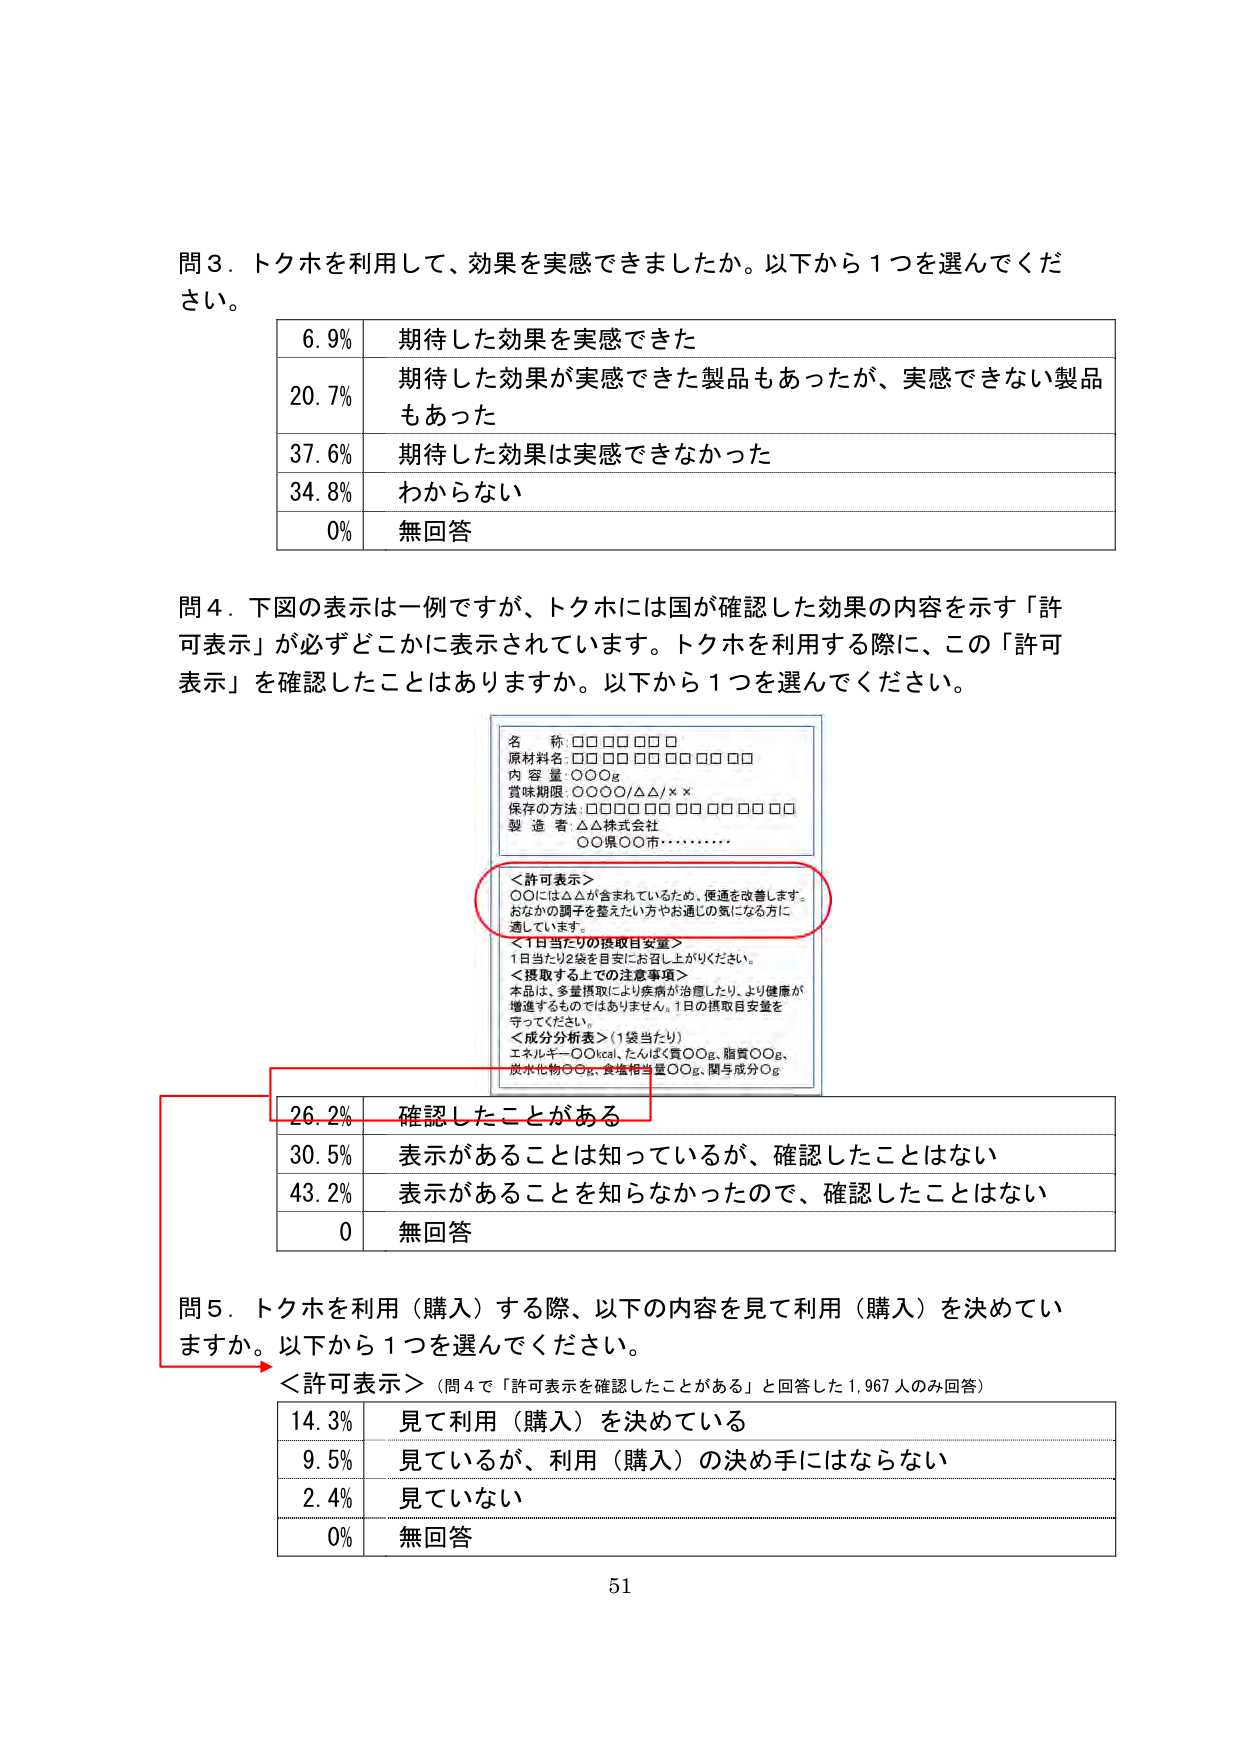
問３．トクホを利用して、効果を実感できましたか。以下から１つを選んでください。

6.9% 期待した効果を実感できた
20.7% 期待した効果が実感できた製品もあったが、実感できない製品もあった
37.6% 期待した効果は実感できなかった
34.8% わからない
0% 無回答

問４．下図の表示は一例ですが、トクホには国が確認した効果の内容を示す「許可表示」が必ずどこかに表示されています。トクホを利用する際に、この「許可表示」を確認したことはありますか。以下から１つを選んでください。

名 称：□□□□□□□
原材料名：□□□□□□□□□□□□
内 容 量：○○○g
賞味期限：○○○○/△△/××
保存の方法：□□□□□□□□□□□□□□
製 造 者：△△株式会社
○○県○○市・・・・・・・・

＜許可表示＞
○○には△△が含まれているため、便通を改善します。
おなかの調子を整えたい方やお通じの気になる方に
適しています。

＜1日当たりの摂取目安量＞
1日当たり2袋を目安にお召し上がりください。

＜摂取する上での注意事項＞
本品は、多量摂取により疾病が治癒したり、より健康が
増進するものではありません。1日の摂取目安量を
守ってください。

＜成分分析表＞（1袋当たり）
エネルギー○○kcal、たんぱく質○○g、脂質○○g、
炭水化物○○g、食塩相当量○○g、関与成分○g

26.2% 確認したことがある
30.5% 表示があることは知っているが、確認したことはない
43.2% 表示があることを知らなかったので、確認したことはない
0 無回答

問５．トクホを利用（購入）する際、以下の内容を見て利用（購入）を決めていますか。以下から１つを選んでください。
＜許可表示＞（問４で「許可表示を確認したことがある」と回答した1,967人のみ回答）

14.3% 見て利用（購入）を決めている
9.5% 見ているが、利用（購入）の決め手にはならない
2.4% 見ていない
0% 無回答

51